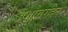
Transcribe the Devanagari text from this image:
अशौचरहित